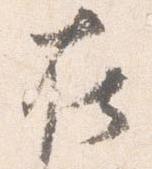
在